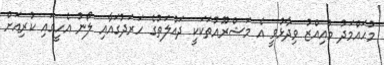
މުހައްމަދު މުއިއްޒު ވިދާޅުވީ އެ މަޝްރޫއުތަކަކީ ދައުލަތުގެ ހަރަދުގައާއި ލޯނު އެހީގައި ކުރިއަށް